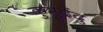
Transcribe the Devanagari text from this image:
कुमुदेंदु